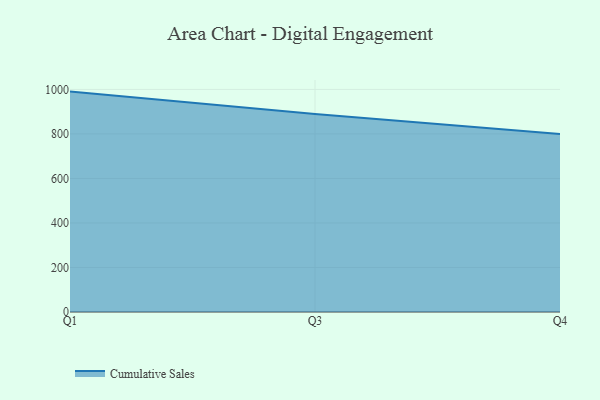
{"axis": {"x": "Quarter", "y": "Bounce Rate (%)"}, "legend": ["Cumulative Sales"], "data": [{"x": "Q1", "y": 990.1, "type": "Cumulative Sales"}, {"x": "Q3", "y": 889.7, "type": "Cumulative Sales"}, {"x": "Q4", "y": 800, "type": "Cumulative Sales"}]}